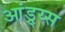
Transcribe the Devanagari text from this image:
आंड्र्य्स